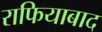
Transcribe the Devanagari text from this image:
राफियाबाद